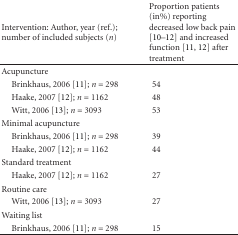
<table><thead><tr><td><b>Intervention: Author, year (ref.); number of included subjects (<i>n</i>)</b></td><td><b>Proportion patients (in%) reporting decreased low back pain [10–12] and increased function [11, 12] after treatment</b></td></tr></thead><tbody><tr><td>Acupuncture</td><td></td></tr><tr><td> Brinkhaus, 2006 [11]; <i>n</i> = 298</td><td>54</td></tr><tr><td> Haake, 2007 [12]; <i>n</i> = 1162</td><td>48</td></tr><tr><td> Witt, 2006 [13]; <i>n</i> = 3093</td><td>53</td></tr><tr><td>Minimal acupuncture</td><td></td></tr><tr><td> Brinkhaus, 2006 [11]; <i>n</i> = 298</td><td>39</td></tr><tr><td> Haake, 2007 [12]; <i>n</i> = 1162</td><td>44</td></tr><tr><td>Standard treatment</td><td></td></tr><tr><td> Haake, 2007 [12]; <i>n</i> = 1162</td><td>27</td></tr><tr><td>Routine care</td><td></td></tr><tr><td> Witt, 2006 [13]; <i>n</i> = 3093</td><td>27</td></tr><tr><td>Waiting list</td><td></td></tr><tr><td> Brinkhaus, 2006 [11]; <i>n</i> = 298</td><td>15</td></tr></tbody></table>